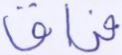
فراق